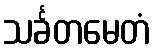
သင်္ခတမေတံ